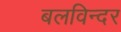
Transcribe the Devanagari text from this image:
बलविन्दर